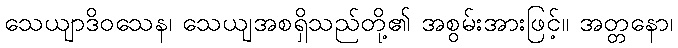
သေယျာဒိဝသေန၊ သေယျအစရှိသည်တို့၏ အစွမ်းအားဖြင့်။ အတ္တနော၊